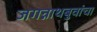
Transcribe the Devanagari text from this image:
जगन्नाथबुवांचा